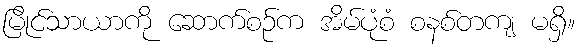
မြိုင်သာယာကို ဆောက်စဉ်က အိမ်ပုံစံ စနစ်တကျ မရှိ။